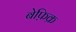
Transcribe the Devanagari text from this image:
बेफ़िक्र